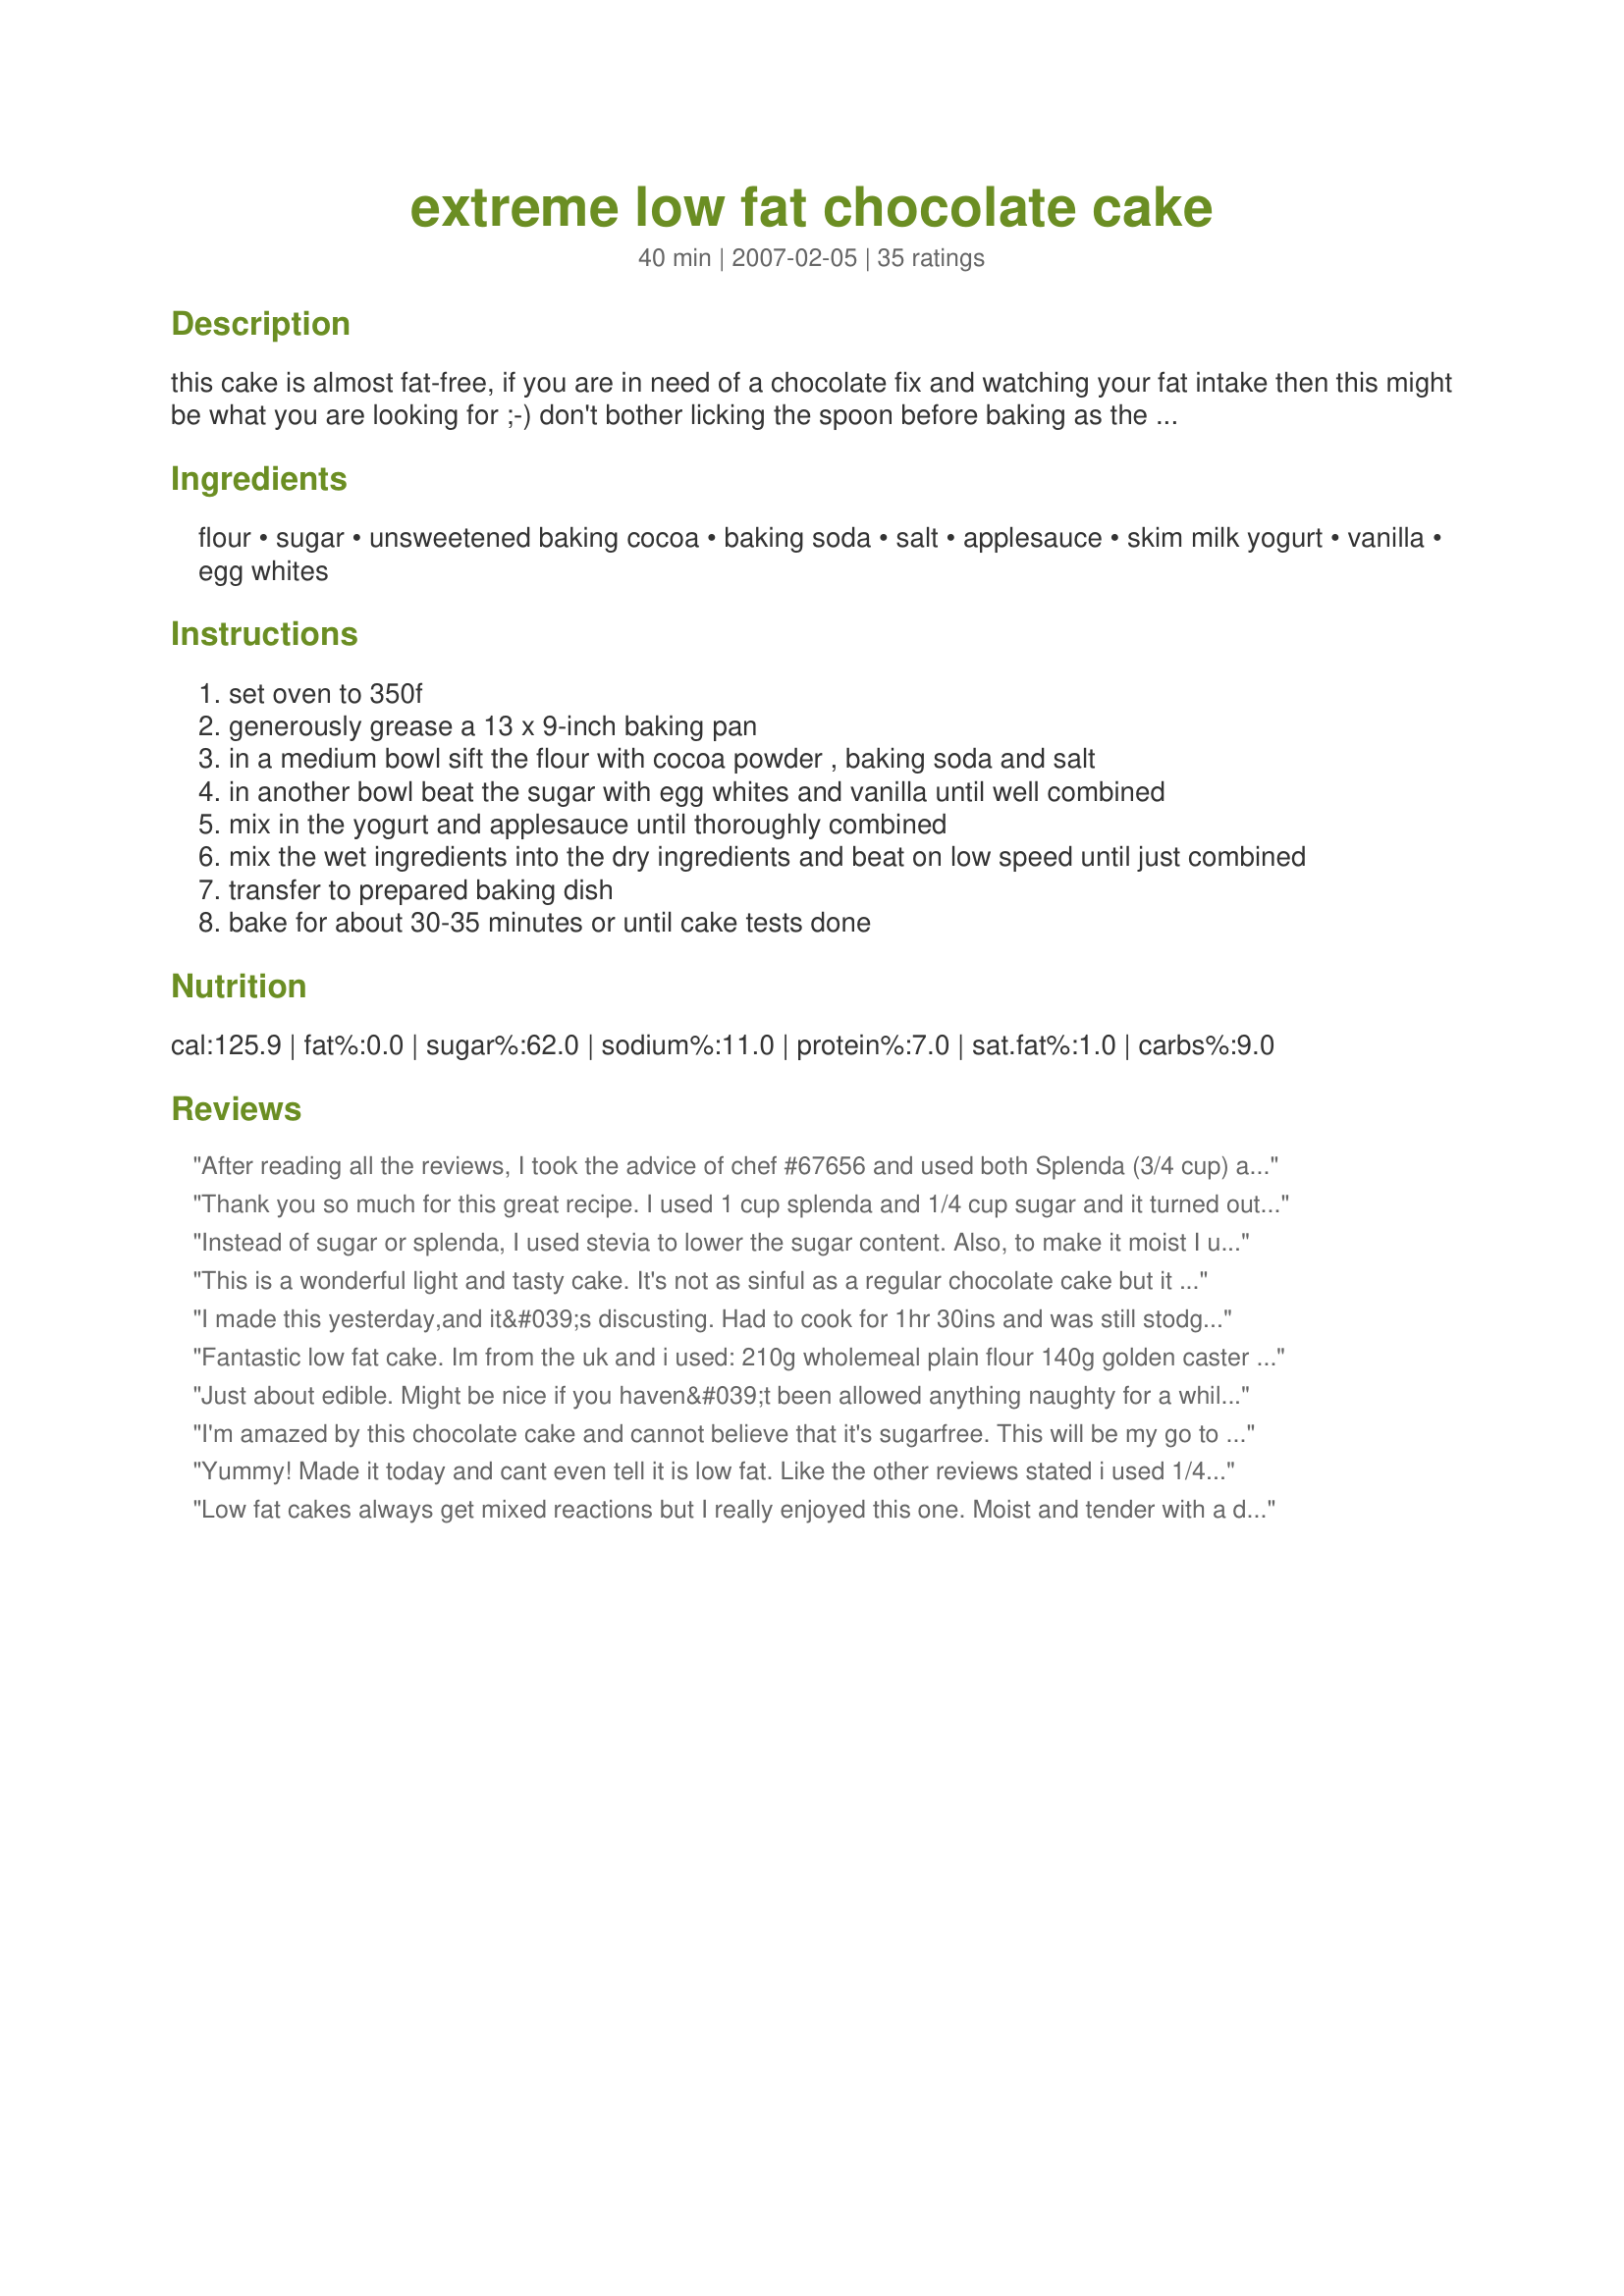
extreme low fat chocolate cake
Preparation time: 40 minutes

this cake is almost fat-free, if you are in need of a chocolate fix and watching your fat intake then this might be what you are looking for ;-) don't bother licking the spoon before baking as the yogurt makes it taste kind of tingly and weird, lol! watch closely, do not overbake this cake you will need to experiment with length of cooking time to suit your oven and baking pan. enjoy one or two pieces without any guilt --- for greasing see my recipe#78579 --- *note* for weight watchers program it is calculated at 18 pieces/2 points each

Ingredients:
flour, sugar, unsweetened baking cocoa, baking soda, salt, applesauce, skim milk yogurt, vanilla, egg whites

Steps:
set oven to 350f
generously grease a 13 x 9-inch baking pan
in a medium bowl sift the flour with cocoa powder , baking soda and salt
in another bowl beat the sugar with egg whites and vanilla until well combined
mix in the yogurt and applesauce until thoroughly combined
mix the wet ingredients into the dry ingredients and beat on low speed until just combined
transfer to prepared baking dish
bake for about 30-35 minutes or until cake tests done

Reviews:
After reading all the reviews, I took the advice of chef #67656 and used both Splenda (3/4 cup) and Splenda brown (1/4cup), stirring both into the dry flour and cocoa mixture. My addition was a tablespoon of instant coffee crystals to negate any chemical aftertaste. It did the trick! I used 3 egg whites and 1 egg yolk. As did Chef #79888, I whipped the egg whites into a soft meringue then folded them into the batter. Mine was perfectly done after a mere 20 minutes convection bake time. I had no trouble with the cake sticking to the pan even though I just used cooking spray on the bottom. While it was hot, I smeared it with sugar free orange marmalade as a pretend frosting. I was *very* impressed with the results, both in texture and taste! If you did not know, you would never guess that it was essentially fat free. Thanks for posting this recipe! I am sure to use it often!
Thank you so much for this great recipe. I used 1 cup splenda and 1/4 cup sugar and it turned out great. I also added 1/2 cup of milk chocolate chips (maybe next time i'll use 1 cup ;) ). At first when it was still hot it tasted like a very lowfat cake which was not that good, but then when i left it for 2 hours I was suprised that it tasted really really yummy. Thank you
Instead of sugar or splenda, I used stevia to lower the sugar content. Also, to make it moist I used chocolate instant pudding! Turned out moist and delicious! Def. making this again!
This is a wonderful light and tasty cake. It's not as sinful as a regular chocolate cake but it is perfect when you are on a diet and still want your chocolate!! Used about 1 cup sugar and used low-fat vanilla yogurt. Thanks Kit! :)
I made this yesterday,and it&#039;s discusting. Had to cook for 1hr 30ins and was still stodgy and tastes horrible. Have had to throw it away.
Fantastic low fat cake. Im from the uk and i used: 210g wholemeal plain flour 140g golden caster sugar 90g cocoa powder unsweetened 1 1/2 tsp baking soda 1 tsp baking powder 1 tsp salt 120ml golden syrup 365ml skimmed milk 4 egg whites And baked at 160 degrees for 40 minutes and its really lovely thank you
Just about edible. Might be nice if you haven&#039;t been allowed anything naughty for a while. Very rubbery texture. I used two whole eggs and think it will probably be better using the four whipped egg whites as my cake is very dense. Bit embarrassed sending this one to the school fete!
I'm amazed by this chocolate cake and cannot believe that it's sugarfree. This will be my go to diabetic friendly dessert along with the "absolutely sugar free frosting"...in choco, of course. It seriously did not taste like sugar free or low fat. I did follow another reviewer's advice and did half spenda and half brown sugar splenda...but I used the splenda recipe for brown sugar, which is pancake syrup mixed in with the splenda. I didn't add the coffee crystal though, and the recipe didn't need it for my taste. Just try it:)
Yummy! Made it today and cant even tell it is low fat. Like the other reviews stated i used 1/4 cup brown sugar (not splenda) and 3/4 cup splenda. I also frosted it with pudding frosting recipe 54411 using sugar free pudding and cool whip and non-fat milk. I will absolutely be making this again!
Low fat cakes always get mixed reactions but I really enjoyed this one. Moist and tender with a decent crumb particularly given that there is no oil, butter or other added fat. And the chocolate flavor was deep and rich, something you don't always get in diet cakes. Ran this through the recipe builder on the WW website and this is just 3 points per serving. If you cut it into 18 pieces, it is 2 points for a decently sized cupcake. Topped mine with a tablespoon of Cool Whip free (0 pts) and totally satisfied my chocolate urge. I did make one change which may or may not have affected the final product. One challenge in an all Splenda baked product is that slightly chemical taste that come with the lower calories. To cut some of that, I used 1/4 cup of brown sugar Splenda (which is like a 1/2 cup of the white stuff) along with 3/4 cup of regular Splenda. There was a little Splenda taste while the cupcake was smoking hot but it disappeared as the cake cooled. (Note this did not change the points value of the cake.) Thanks Kitten from this weight watchin' woman. :)
This cake turned out pretty well. I had never made a low fat choc cake before so this is my first time. I think it tastes better at room temperature than straight out of the fridge.I did reduce the quantity if sugar in the recipe as I wanted to frost it and didn't want to add too many calories :)
Don&#039;t use sour cream and yogurt just use one
My cake turned out moist and with a nice texture, but not sweet at all! Next time I will double the Splenda sugar mix.
This is wonderful. It is very moist amd chocolaty! To make this diabetic friendly, I used 1 cup Splenda and 1/4 cup "real" sugar, unsweetened applesauce and sugar-free raspberry yogurt, for a little added flavor. Since it was for a birthday dinner, I made it in a springform pan, just to make it a little fancier than a rectangle cake. This will be made often as a healthy snack cake!
We really enjoyed this cake. It was moist and had a great chocolate flavor. I am very pleased with a recipe like this, that uses no oil, for the taste to be so good! I will definitely be making this sweet treat again. Thanks Kittencal.
This cake is great! I took to it a church function last night, and it got rave reviews. Even people that hate low fat loved it. It will certainly be a regular at my house, and my husband the chocoholic requested it for the holidays. Thanks a million Kittencal!
Fortunatley for me, Kitten adds some little hint or tip to the intro of her recipes. I come away always knowing something more than just how to make her recipe. Nothing prepared me for the biggest surprise I've had in a long time. Not only is it easy to make,but it's even easier to eat! The texture is soft, chccolate-y and just plain 'ol good! Thanks to you, Kitten, I now can have something sweet and deliscious while I'm trying to lose a few pounds!
I don't know why in the world this recipe doesn't have ten tons of 5-star reviews!! It's so aswesome, I highly recommend this recipe, you'd never guess it was low-fat! I don't even frost this!
This is truly delicious!!! I will surely make it again.
If you have to do anything to "negate chemical aftertaste" it tells you that you shouldn't eat this. Chemical anything is bad and that includes artificial sweeteners. You can still make a healthier cake with natural ingredients. Won't be making this ever.
This was excellent for a low fat recipe. Definitely curbs that sweet tooth. The only thing was that the consistency was a little bit chewy..very different from a traditional full fat chocolate cake, but hey, it is low-fat!
Still great though! Thanks!
I&#039;ve made a lot of diet dessert recipes, so I&#039;m used to dry cakes and strange chemical tangs. This cake, however, was moist and delicious. The texture was not like traditional chocolate cake - it was spongier and more resilient - but I am a big fan of Korean steamed rice cakes, so I preferred it to the traditional texture. I made a low fat cream cheese icing using Green Mountain Farms&#039; Greek yogurt-cream cheese blend, Splenda, and a little orange zest. My whole family loved it, even though they usually turn their noses up at my diet desserts!
Not awesome, but good enough for my craving. I was hoping it would taste a little more chocolate. It's only 2 WW points a serving, so I certainly can deal with that. I didn't have plain or vanilla FF yogurt, so I used some strawberry we had on hand. Don't think my DH will like it, but that just means more for me :) I will probably do what someone else suggested and freeze servings of it for when my craving is at it's worst!
I made this yummy cake tonight, it totally satisfied my chocolate craving. I made it a bit different- I whipped the egg whites to soft peaks in my kitchenaid then followed the recipe, adding a tsp of gelatin. I spread the batter in a parchment lined jelly-roll pan and sprinkled the batter with 2 Tbs of chocolate chips. I baked at 330 degrees for 30 mins. After it came out of the oven and cooled, I sliced it length-wise and filled it with a tub of fat free cool whip. YUM! Will definitely make again. ETA: I made these again, still yummy- but if you do cupcakes be sure to spray your papercups with cooking spray or the cakes will stick to the wrapper like glue. Bake for 20 mins for cupcakes.
ETA #2- I keep coming back to this recipe- if I could give it 10 stars I would. Its to die when topped with a smear of peanut butter.
love this cake.... I've lost 3 stone and wanted something to take the edge off my chocolate fix and found this excellent cake that's quick,easy and full of flavour
The best low fat cake iv ever made, i used 3/4 cup splenda and 1/2 cup sugar and wiped the egg whites and it worked really well.
I have made this many times. I have a teenage son that has to watch his fat content due to a medical condition. This has become a family favorite.
I thought this was okay but didn't really wow me..good for low fat but I just couldn't get past the texture...it's very spongey just like a microwave cooked cake and that doesn't really appeal to my tastes...always good to try something new though so thanks for posting!
Great cake! I reduced the sugar to 1 cup and added 1/2 a cup of chocolate chips. Doesn't help keep the fat down, but it was really good!!
A great low fat cake that satisfied my chocolate craving! I did use the half white sugar and half Splenda, plain yogurt, and two whole eggs. Topped with a dollop of Cool Whip and had a very nice dessert. Made and reviewed for Kitten's Recipe Tag Game.
I have never tried a low-fat cake before and really didn't know what to expect. I was pretty happy with this one. The texture came out kind of spongy which is different than what I'm used to but the different texture wasn't bad. As far as taste goes you can tell it's a low-fat cake, but what I did was add half a bag of semisweet chocolate chips and this made all the difference. I know they add a bit more calories and fat but they REALLY turned this cake into something special. I will definitely be making this again, thanks!
really really good, you kind of forget it's low fat when you're eating it. I made up a batch then cut into portions, individually cling wrapped them then froze them so I had a low fat tasty snack to hand whenever I wanted one. Really very nice- thanks Kittencal! - Mine were cooked after about 25minutes.
I made this with just a couple of changes such as vanilla yogart, and 1/4 of brown sugar and added pecan pieces. I also used a pudding whipped cream frosting and served this at a gathering for couples and it was a success! No one knew it was low cal until I told them. I will most def make this again. Especially since my husband is a junkaholic and snack sleeps. This way I don't have to worry about him having a sugar overload in the middle of the night. Thank you for the recipe.
I made this for DH's birthday. It had a much better texture than other low fat cake recipes that we have tried. But it had a little bit of an odd taste to it. I think it may be from the yogurt. I will make it with sour cream next time. Hopefully that will resolve the issue. If it does, this will be my go to recipe for low fat chocolate cake.
Fantastic cake. I big crowd pleaser. I was very worried about taste and moistness and both of those were well covered. I garnished with sugar-free fat-free chocolate pudding, cool whip, and strawberries and it still kept the calories extremely low. I went about 50/50 with sugar and splenda. I don't like to make the same thing twice chronologically close together, but this one I'm taking an exception on.
I love this recipe! I used skim milk instead of skim yogurt, raw brown sugar and 2 whole eggs. Mind you I baked it just before midnight cravings kicked in at unholy hours. Came out perfect! Moist and a tad of sweetness just right for your tastebuds. Not to heavy ??????? yum ??
